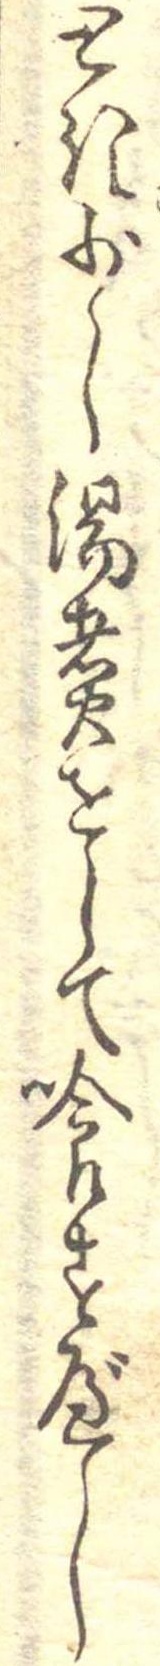
とき少し湯煮をして喰すべし